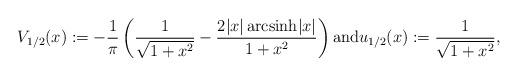
LaTeX: \begin{align*} V_{1/2}(x) := -\frac{1}{\pi} \left( \frac{1}{\sqrt{1+x^2}} - \frac{2|x|\,\mathrm{arcsinh}|x|}{1+x^2} \right) \mbox{and} u_{1/2}(x) :=\frac{1}{\sqrt{1+x^2}},\end{align*}